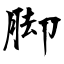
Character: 脚